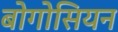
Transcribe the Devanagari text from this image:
बोगोसियन